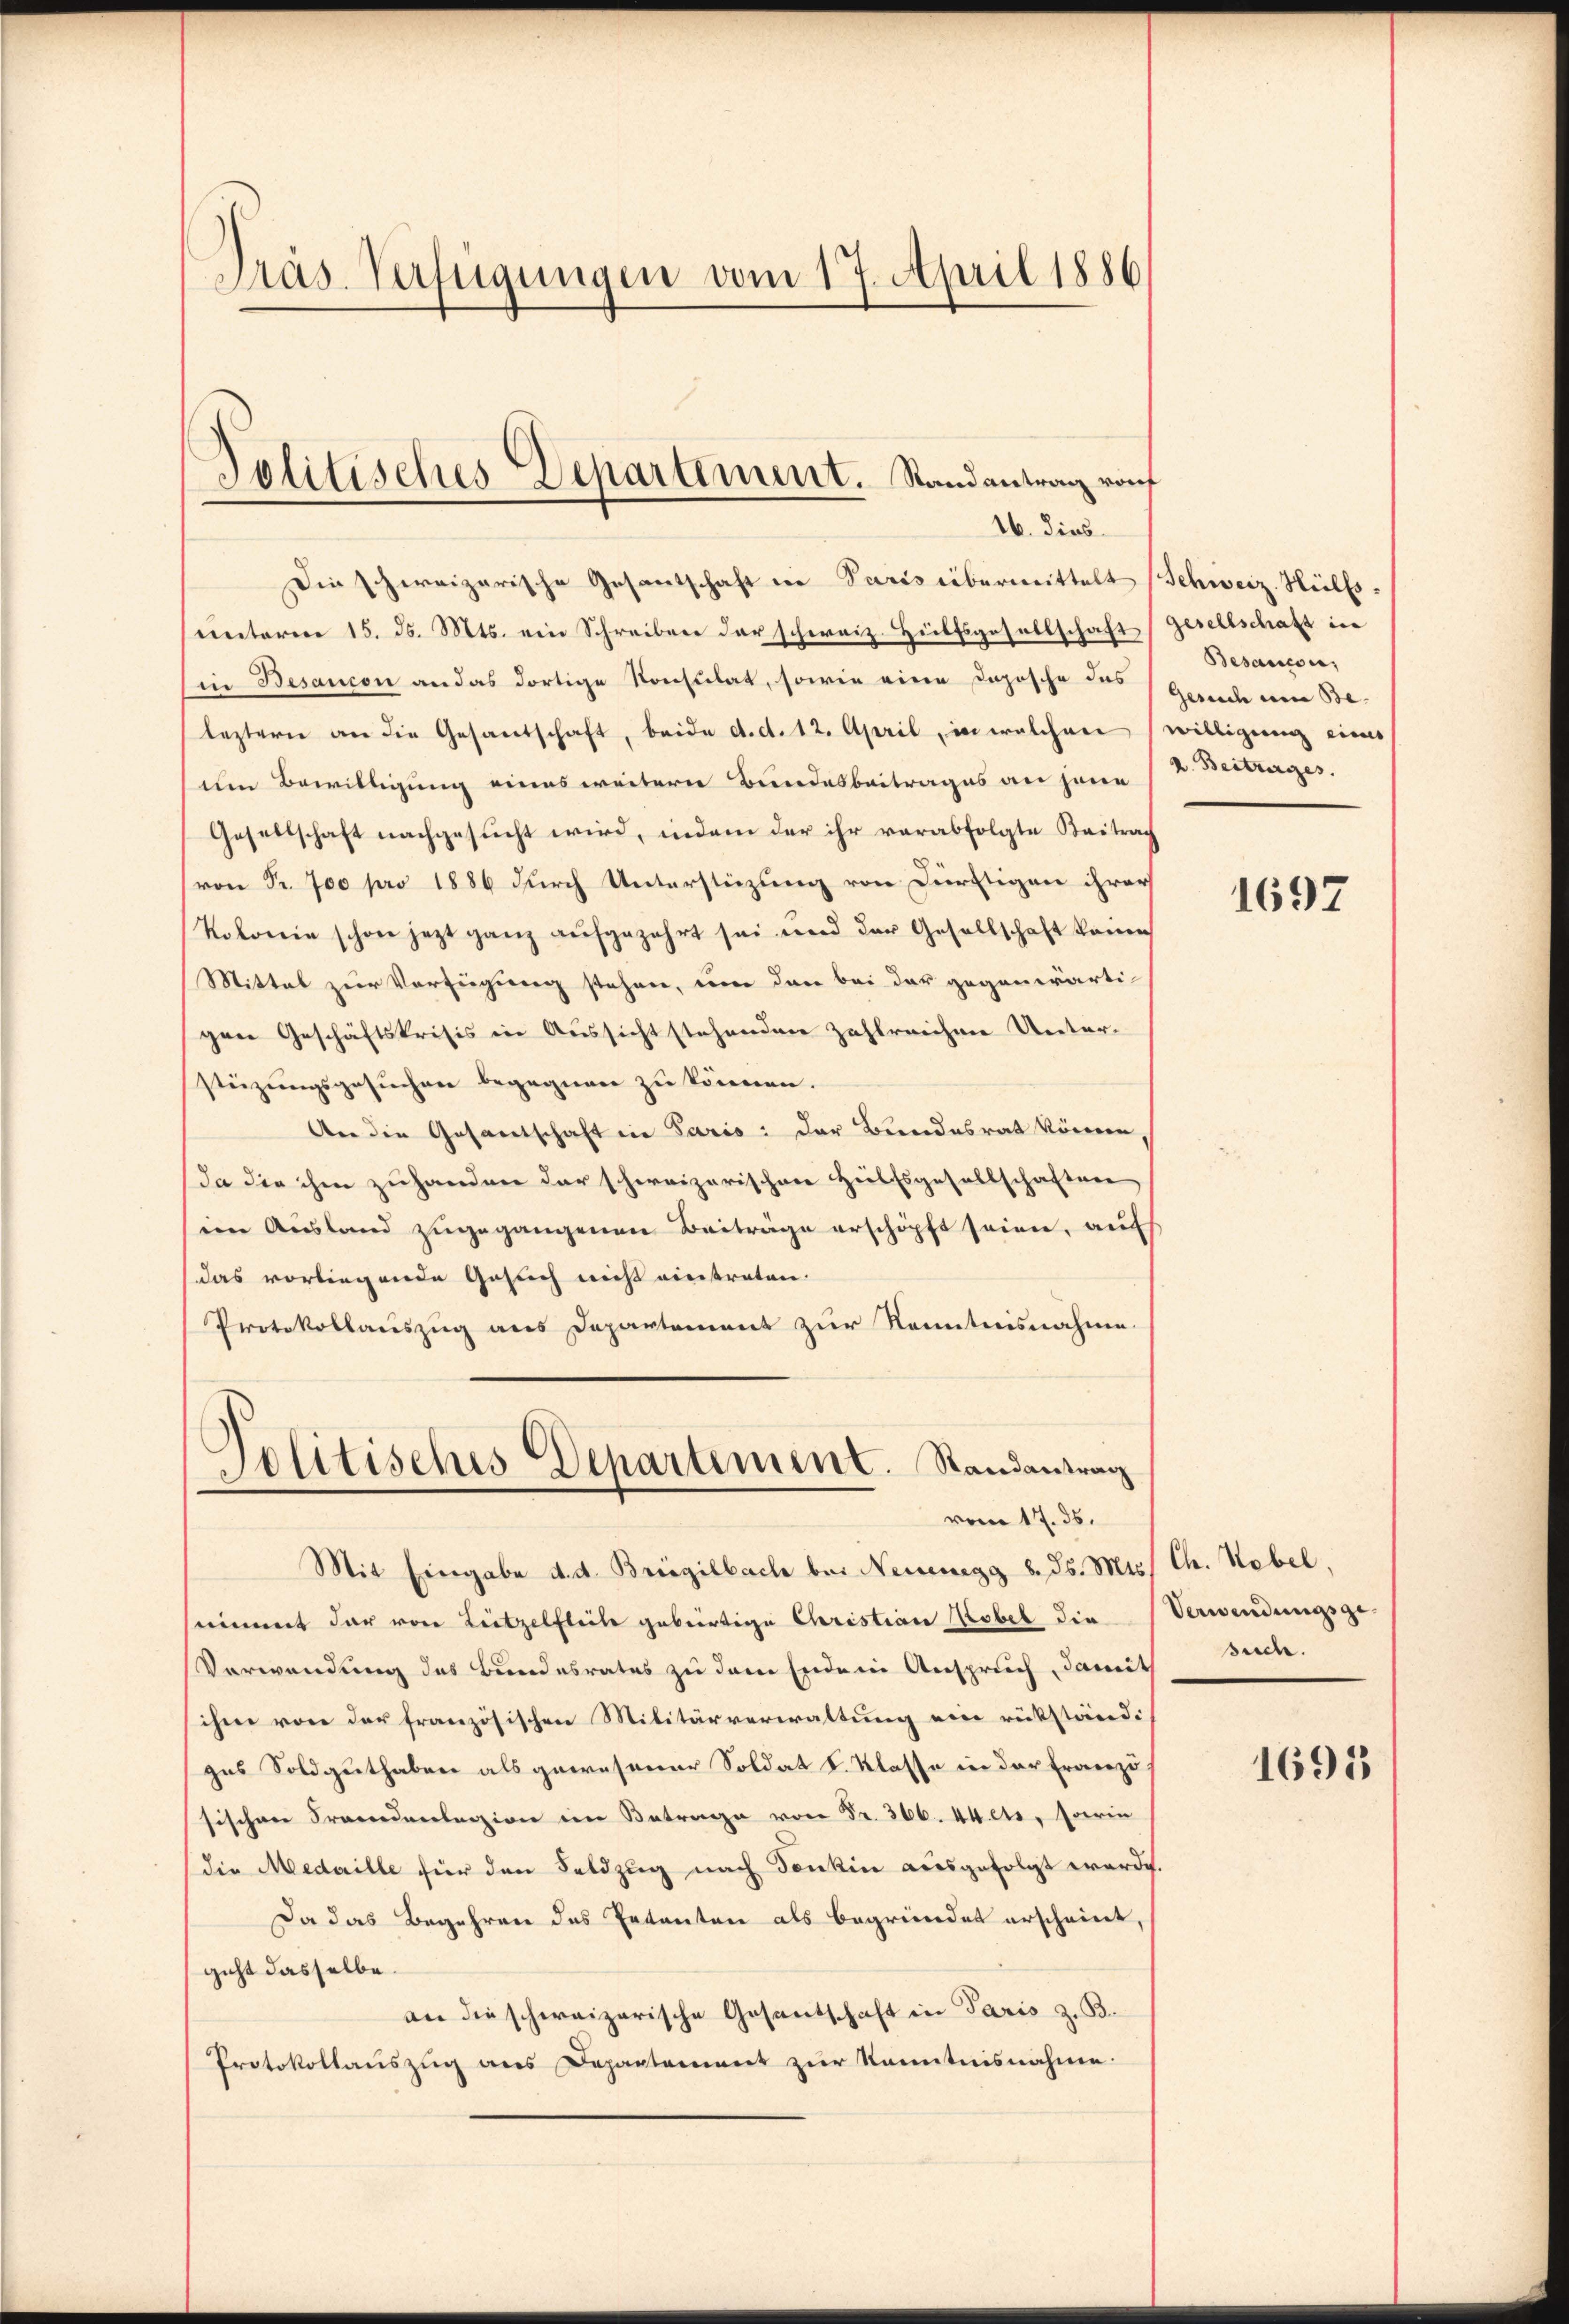
Präs. Verfügungen vom 17. April 1886

Die schereizerische Gesantschaft in Paris übermittelt (Schweiz. Hülfsunterne 15. d. Mts. ein Schreiben der schweiz. Hülfsgesellschaft
in Besaucon an das dortige Konsulat, sowie eine Dopösche des
leztern an die Gesandschaft, beide d. d. 12. April, in welchen
um Bewilligung eines weitern Bundesbeitrages an jene
Gesellschaft nachgesucht wird, indem der ihr verabfolgte Beitrach
von Fr. 700 pro 1886 durch Unterstüzung von Dürftigen ihrer
kolorin schon jetzt ganz aufgezehrt sei wird der Gesellschaft keine
Mittel zur Verfügung stehen, um dann bei der gegenwärti-
gen Geschäftskrisis in Aussicht stehenden Zahlreichne Unterstüzungsgesuchen begegnen zu können.
An die Gesandtschaft in Paris: Der Bundesrat können,
da die ihm zuhanden der schweizerischen Heilfsgesellschaften
(im Ausland zugegangenen Beiträge erschöpft seien, auf
das vorliegende Gesuch nicht einstraten.
Protokollauszug aus Departement zur Kenntnisnahme.
Politisches Departement. Randantrag

Politisches Departement. Randantrag rouf
16. dies

vom 17. 35.

Mit Eingabe d. d. Brisgilbach bei Neuenegg d. Js. Mts. Ch. Nebel,
snimmt dar von Leitzelflich gebürtige Christian Kobel die Verwendungsge-
Verwendung des Bundesrates zu dem Enden Anspruch, damit such.
ihme von der französischen Militärverwaltung eine rückständ-
gas Soldguthaben als gewesener Soldat S. Klasse in der Französ
sischen Prandanlegion im Betrage von Fr. 366. 44 ets. darin
die Medaille für den Feldzug nach Denken ausgefolgt werde.
Da das Begehren des Entanten als begründet erscheint,
gicht dasselbe.
an die schweizerische Gesantschaft in Paris z. B.
Protokollauszug aus Departement zur Kenntnisnahme.

gesellschaft in
Besauce,
Gesuch um Be- |
willigung eines
k. Beitrages.

1697

1695